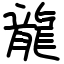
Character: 龍